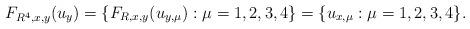
LaTeX: \begin{align*}F_{R^{4},x,y}(u_{y})=\{F_{R,x,y}(u_{y,\mu}):\mu=1,2,3,4\}=\{u_{x,\mu}:\mu=1,2,3,4\}.\end{align*}